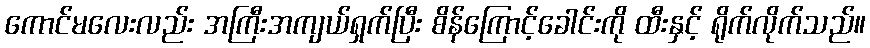
ကောင်မလေးလည်း အကြီးအကျယ်ရှက်ပြီး စိန်ကြောင့်ခေါင်းကို ထီးနှင့် ရိုက်လိုက်သည်။